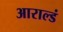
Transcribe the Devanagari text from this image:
आराल्डं